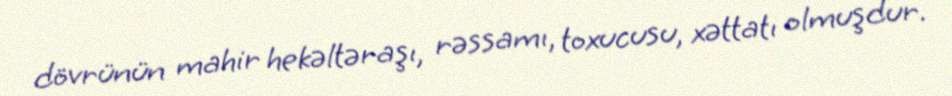
dövrünün mahir hekəltəraşı, rəssamı, toxucusu, xəttatı olmuşdur.